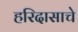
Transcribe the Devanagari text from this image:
हरिदासाचे